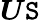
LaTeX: {\boldsymbol{U}}{\boldsymbol{\mathtt{S}}}